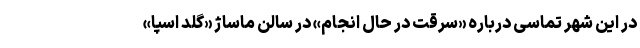
در این شهر تماسی درباره «سرقت در حال انجام» در سالن ماساژ «گلد اسپا»